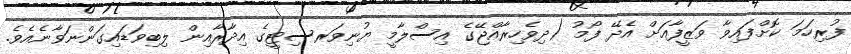
ފުރިހަމަ ކޮށްފައިވާ ވަޒީފާއަށް އެދޭ ފޯމު (ދިވެހިރާއްޖޭގެ އިސްލާމީ ޔުނިވަރސިޓީގެ އިދާރާއިން ލިބިވަޑައިގަންނަވާނެއެވެ.